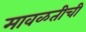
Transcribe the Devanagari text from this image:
मावळतीची